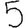
Digit: 5